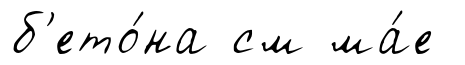
б'ето́на см ма́е